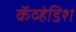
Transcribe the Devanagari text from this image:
कॅव्हेडिश